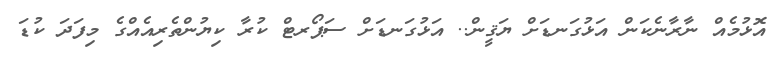
އޮޅުމެއް ނާރާނެކަން އަޅުގަނޑަށް ޔަޤީން.. އަޅުގަނޑަށް ސަޕޯރޓް ކުރާ ކިޔުންތެރިއެއްގެ މިފަދަ ކުޑަ